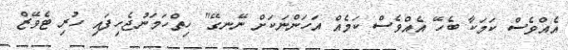
އެއްވެސް ކަމަކާ ބެހޭ އެއްވެސް ކަމެއް އަހަންނަކަށް ނޭނގޭ" ހިތްހަމަނުޖެހިފައި ހުރި ޓެވޭޒް